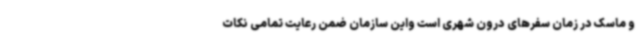
و ماسک در زمان سفرهای درون شهری است‌ واین سازمان ضمن رعایت تمامی نکات